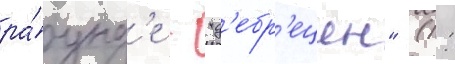
ра́унд'е - "д'ебр'ецен" (1: